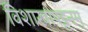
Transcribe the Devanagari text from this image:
विशाखापट्टनम्